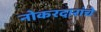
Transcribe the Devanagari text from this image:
नोकरदारांचे